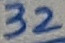
Text: 32